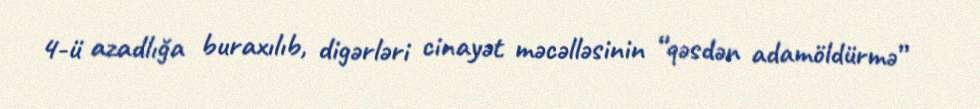
4-ü azadlığa buraxılıb, digərləri cinayət məcəlləsinin “qəsdən adamöldürmə”